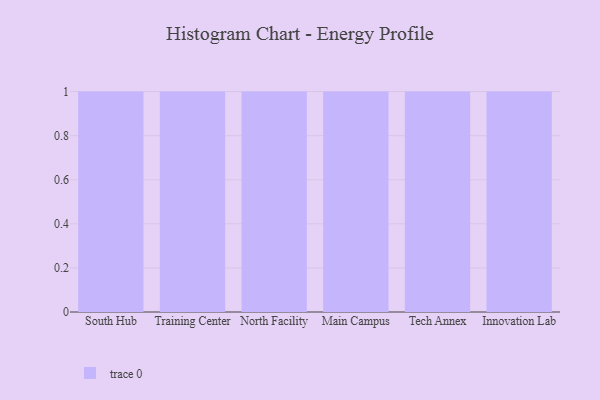
{"axis": {"x": "Campus", "y": "Satisfaction Score"}, "legend": [""], "data": [{"x": "South Hub", "y": 54, "type": ""}, {"x": "Training Center", "y": 59, "type": ""}, {"x": "North Facility", "y": 75, "type": ""}, {"x": "Main Campus", "y": 80, "type": ""}, {"x": "Tech Annex", "y": 70, "type": ""}, {"x": "Innovation Lab", "y": 71, "type": ""}]}